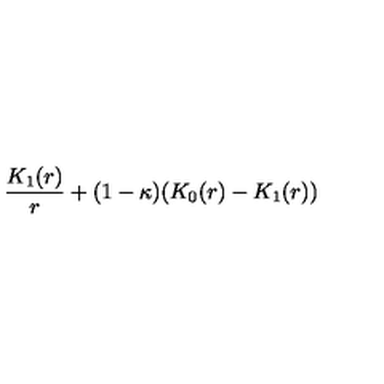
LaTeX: \frac { K _ { 1 } ( r ) } { r } + ( 1 - \kappa ) ( K _ { 0 } ( r ) - K _ { 1 } ( r ) )